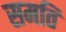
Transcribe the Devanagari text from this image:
समति